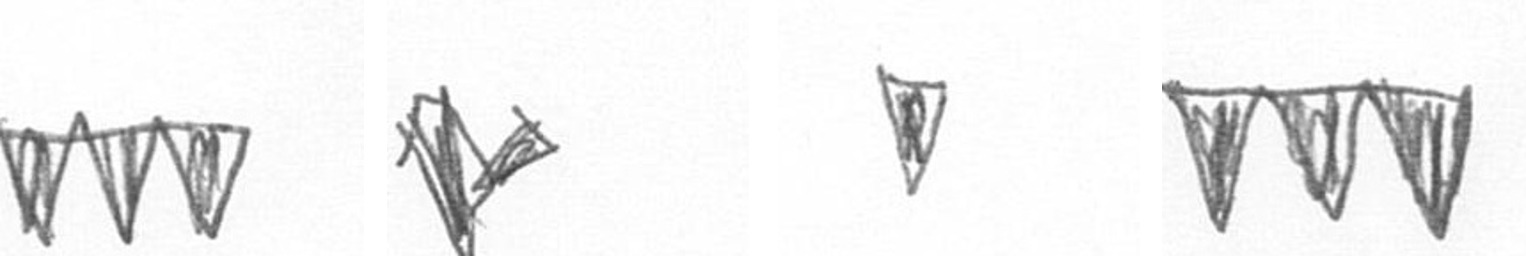
L F Z L